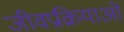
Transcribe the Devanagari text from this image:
जीवप्रक्रियाओं